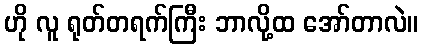
ဟို လူ ရုတ်တရက်ကြီး ဘာလို့ထ အော်တာလဲ။